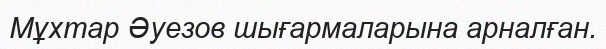
Мұхтар Әуезов шығармаларына арналған.